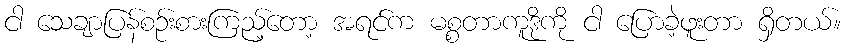
ငါ သေချာပြန်စဉ်းစားကြည့်တော့ အရင်က မစ္စတာကူဒိုကို ငါ ပြောခဲ့ဖူးတာ ရှိတယ်။